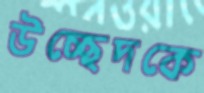
উচ্ছেদকে